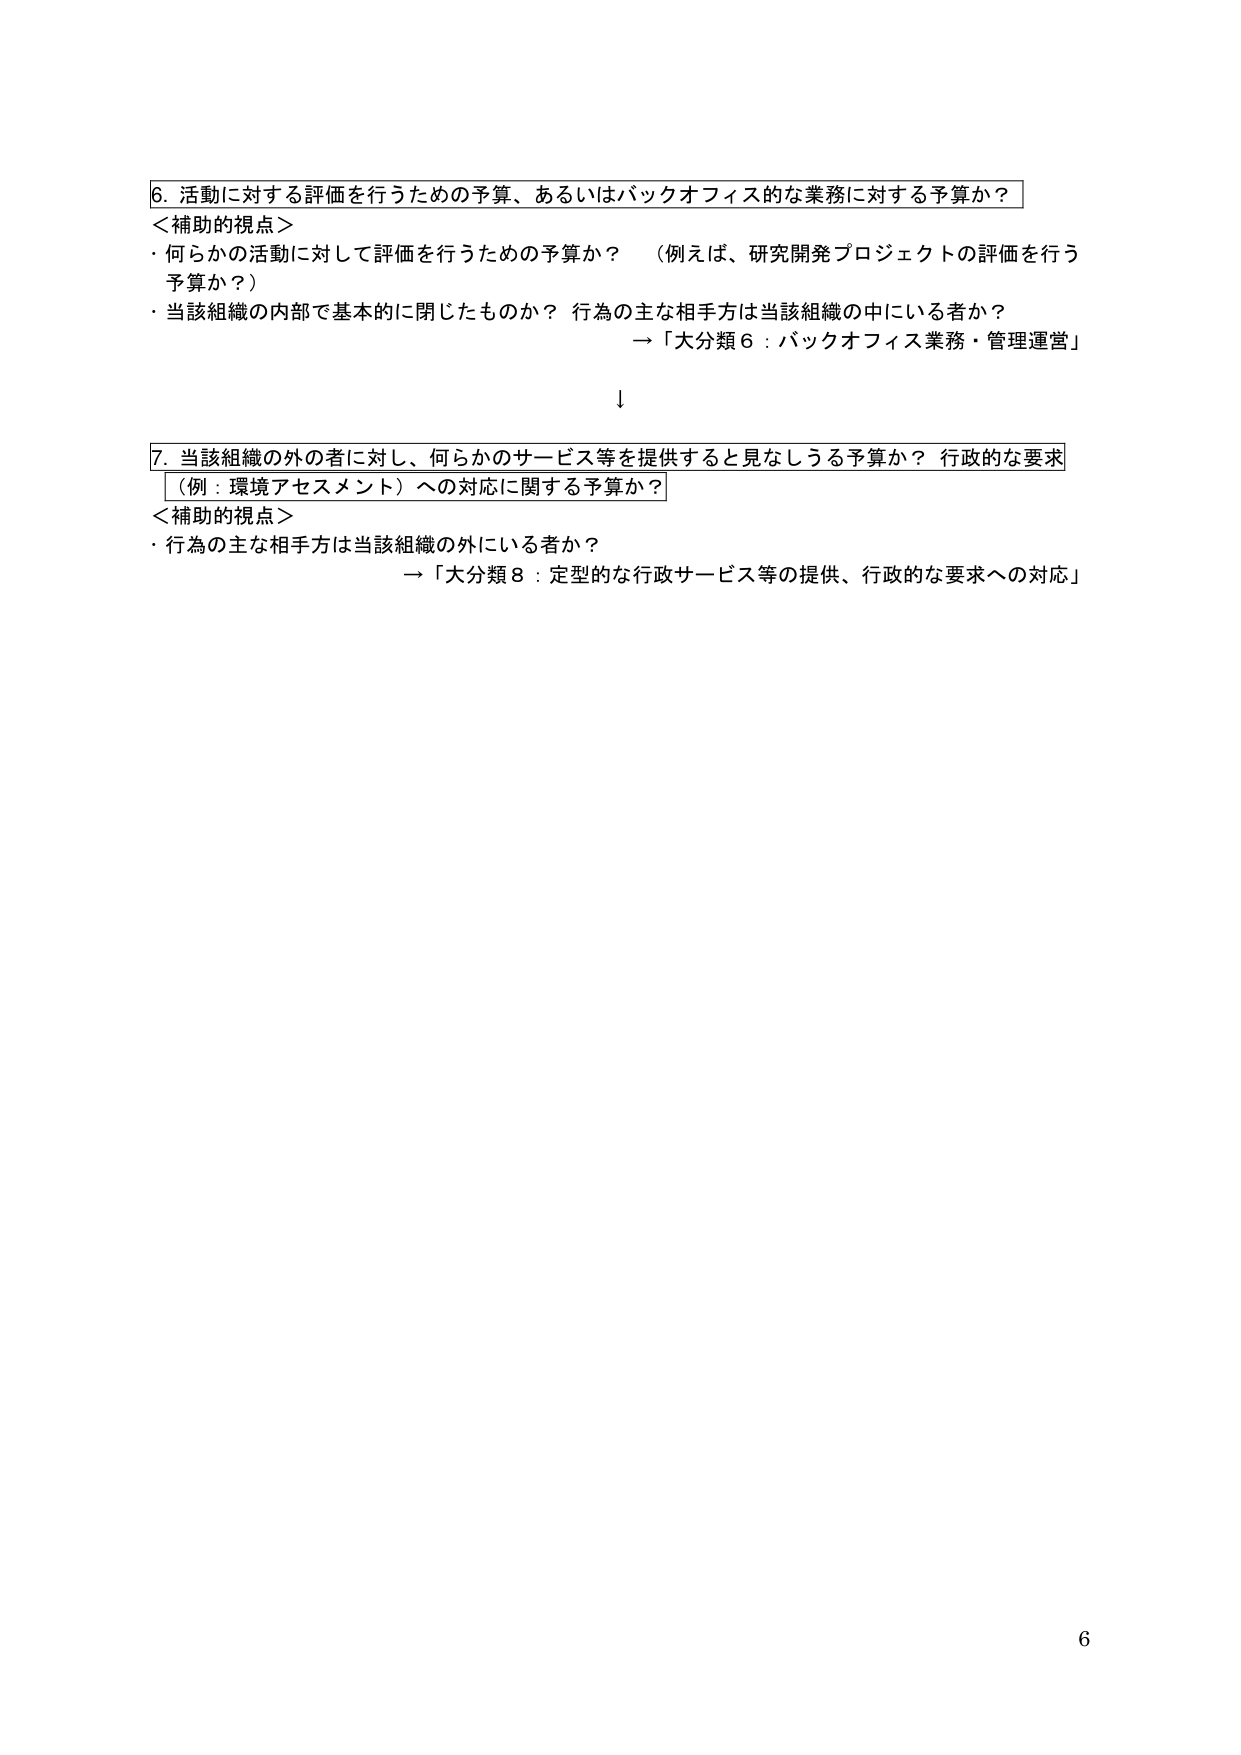
6. 活動に対する評価を行うための予算、あるいはバックオフィス的な業務に対する予算か？
＜補助的視点＞
・何らかの活動に対して評価を行うための予算か？ （例えば、研究開発プロジェクトの評価を行う予算か？）
・当該組織の内部で基本的に閉じたものか？ 行為の主な相手方は当該組織の中にいる者か？
　→「大分類6：バックオフィス業務・管理運営」

↓

7. 当該組織の外の者に対し、何らかのサービス等を提供すると見なしうる予算か？ 行政的な要求（例：環境アセスメント）への対応に関する予算か？
＜補助的視点＞
・行為の主な相手方は当該組織の外にいる者か？
　→「大分類8：定型的な行政サービス等の提供、行政的な要求への対応」

6